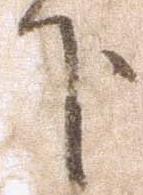
下